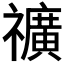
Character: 𥜟